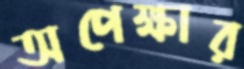
অপেক্ষার